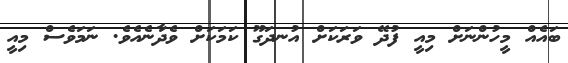
ބައެއް މީހުންނަށް މިއީ ފުދޭ ވަރަކަށް އުނދަގޫ ކަމަކަށް ވެދާނެއެވެ. ނަމަވެސް މިއީ